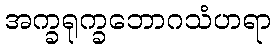
အက္ခရုက္ခဘောဂသံဟရာ